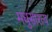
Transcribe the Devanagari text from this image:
मधुसारत्य